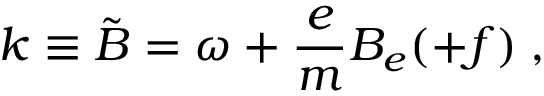
k \equiv \tilde { B } = \omega + \frac { e } { m } B _ { e } ( + f ) \; ,